Civil Veterinary Department Bihar & Orissa reports 1929-36 - 1929-1936
Year: 1929
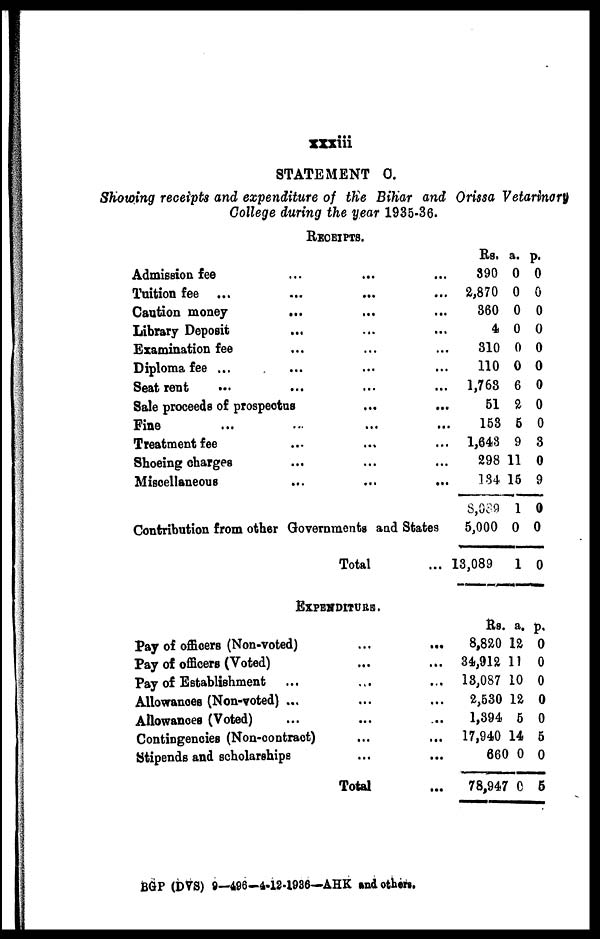
xxxiii
STATEMENT C.
Showing receipts and expenditure of the Bihar and Orissa Vetarinary
College during the year 1935-36.
RECEIPTS.
Admission fee ...
Tuition fee ... ...
Caution money ...
Library Deposit ...
Examination fee
Diploma fee ...
Seat rent
Sale proceeds of prospectus
Fine
Treatment fee
Shoeing charges ...
Miscellaneous ...
Contribution from other Governments and States
Total
EXPENDITURE.
Pay of officers (Non-voted)
Pay of officers (Voted)
Pay of Establishment ...
Allowances (Non-voted) ...
Allowances (Voted) ...
Contingencies (Non-contract)
Stipends and scholarships
Total
Rs.
390
2,870
360
4
310
110
1,763
51
153
1,643
298
184
8,039
5,000
13,089
Rs.
8,820
34,912
13,087
2,530
1,394
17,940
660
78,947
a.
0
0
0
0
0
0
6
2
5
9
11
15
1
0
1
a.
12
11
10
12
5
14
0
0
p.
0
0
0
0
0
0
0
0
0
3
0
9
0
0
0
p.
0
0
0
0
0
5
0
5